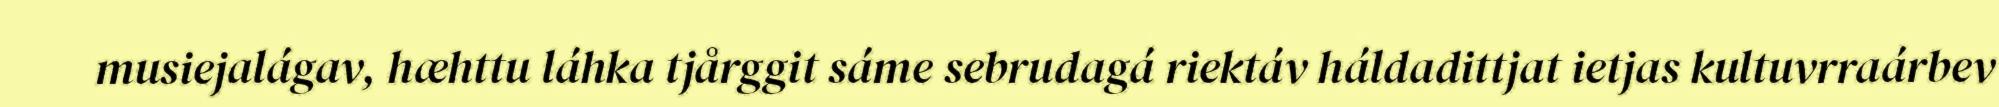
musiejalágav, hæhttu láhka tjårggit sáme sebrudagá riektáv háldadittjat ietjas kultuvrraárbev